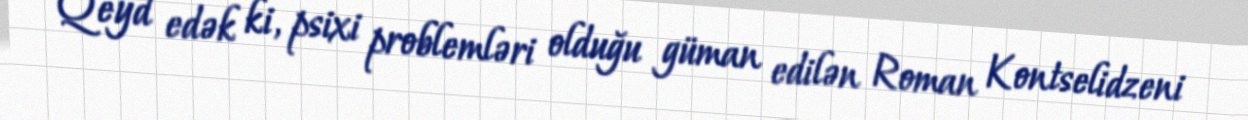
Qeyd edək ki, psixi problemləri olduğu güman edilən Roman Kontselidzeni